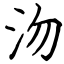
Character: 沕